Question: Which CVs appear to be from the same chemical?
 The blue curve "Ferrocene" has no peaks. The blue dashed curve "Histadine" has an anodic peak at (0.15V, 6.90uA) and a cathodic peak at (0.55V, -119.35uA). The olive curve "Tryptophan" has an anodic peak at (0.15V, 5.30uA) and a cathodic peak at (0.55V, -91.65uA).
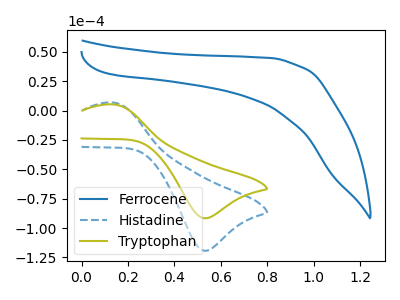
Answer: <think>"Ferrocene" and "Histadine" have a different number of peaks. "Ferrocene" and "Tryptophan" have a different number of peaks. All the peaks in "Histadine" have a peak in "Tryptophan" at the same potential. Every peak in "Histadine" is higher than every peak in "Tryptophan".
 </think>
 <answer>"Tryptophan" and "Histadine" have the same shape and are likely CV's of the same chemical.</answer>
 <eval>"Tryptophan" "Histadine"</eval>